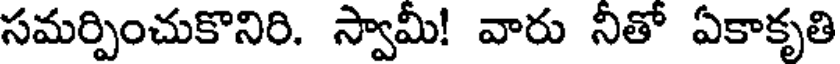
సమర్పించుకొనిరి. స్వామీ! వారు నీతో ఏకాకృతి